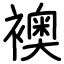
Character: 襖